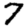
Digit: 7